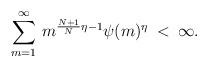
LaTeX: \begin{align*} \sum_{m=1}^\infty \, m^{\frac{N+1}N\eta-1} \psi(m)^{\eta} \: < \: \infty.\end{align*}